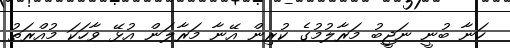
ހަނާ ބުނީ ނަޖީބު މަރާލުމުގެ ކުރިން އޭނާ މަރާލަން އުޅޭ ވާހަކަ މުއްރަތު